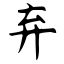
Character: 弃